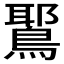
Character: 𫛉